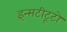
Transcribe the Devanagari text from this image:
इन्सटीटूटो